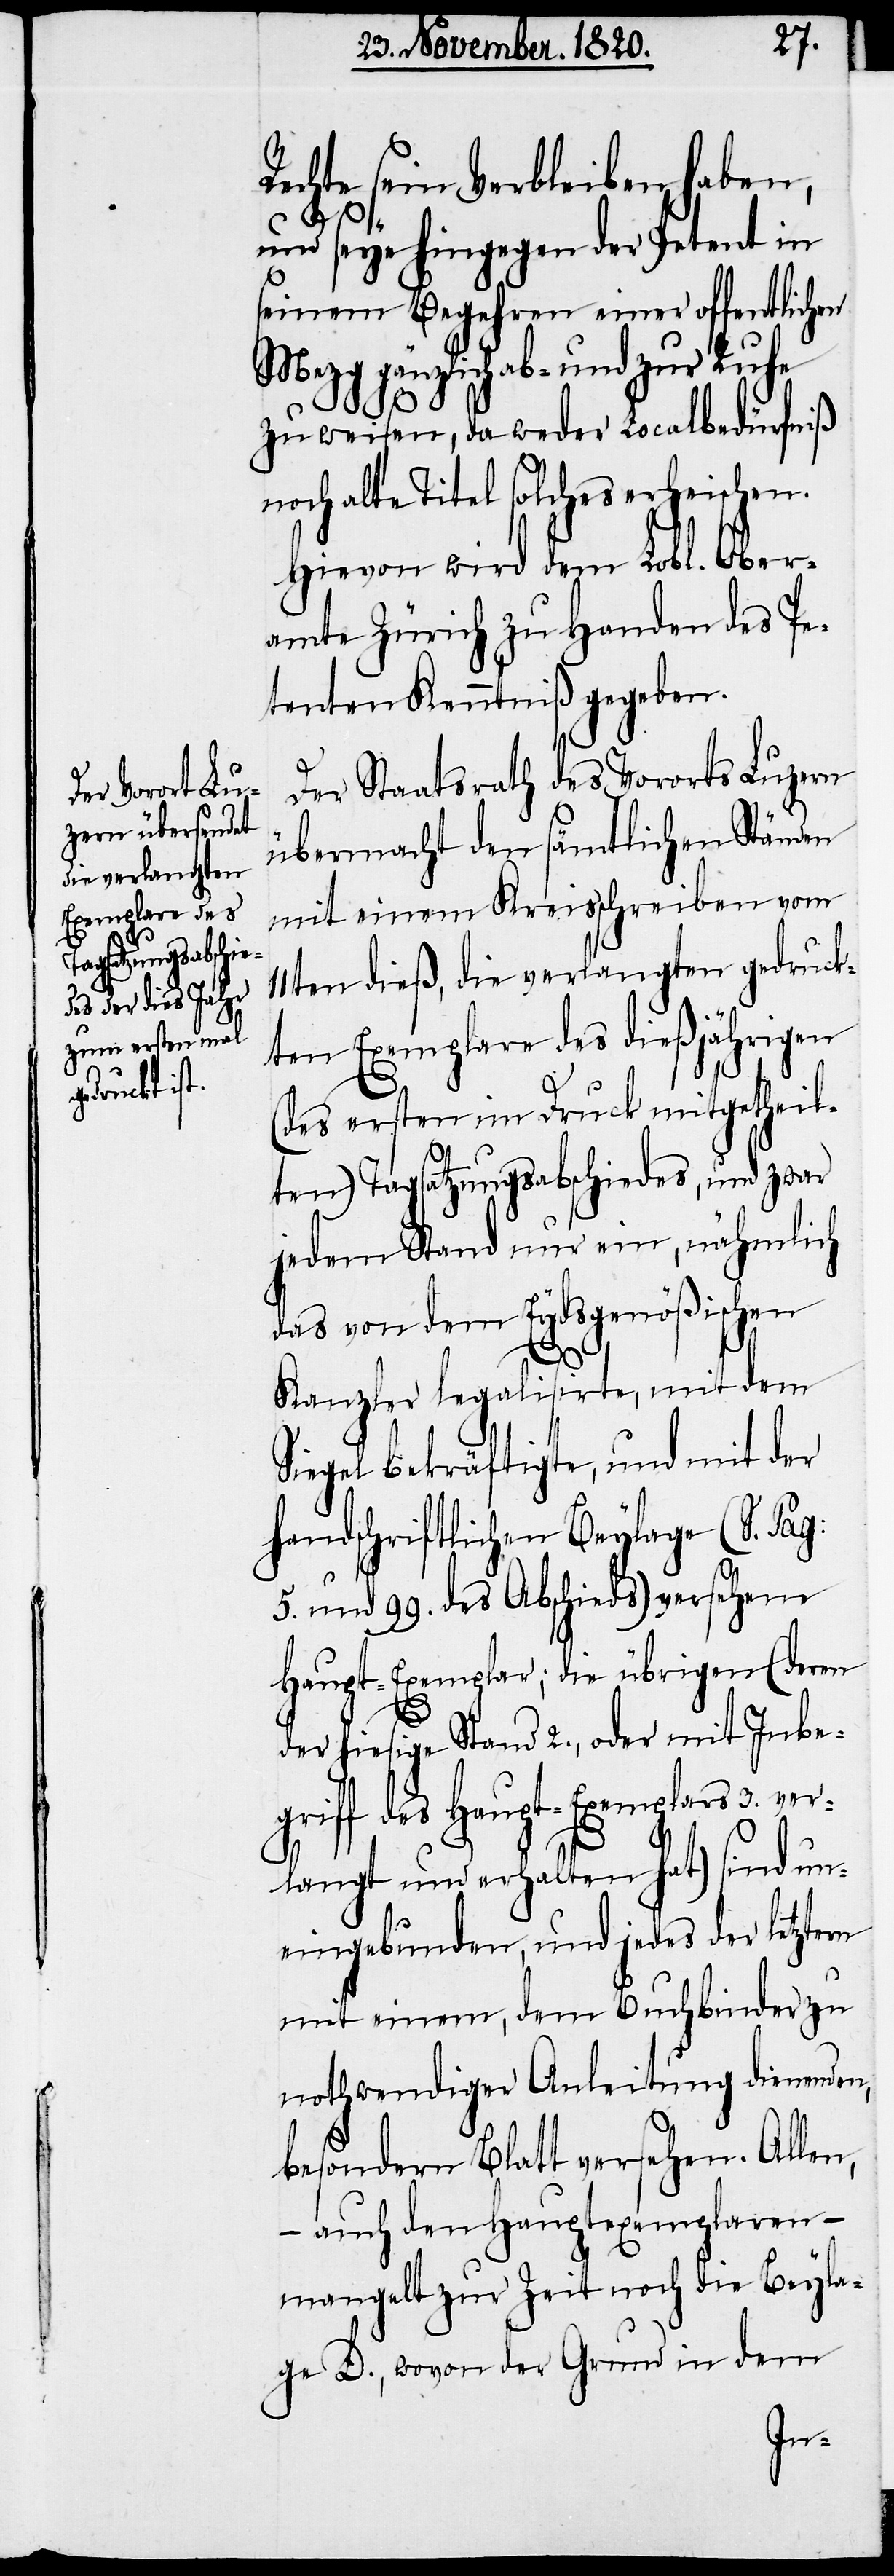
rn

Rechte sein Verbleiben haben,
und seye hingegen der Petent in
seinem Begehren einer offentlichen
Mezg gänzlich ab- und zur Ruhe
zu weisen, da weder Localbedürfniß
noch alte Titel solches erheischen.
Hievon wird dem Lobl. Ober¬
amte Zürich zu Handen des Pe¬
tenten Kenntniß gegeben.
Der Staatsrath des Vororts Luzern
übermacht den sämtlichen Ständen
mit einem Kreisschreiben vom
11ten dieß, die verlangten gedruck¬
ten Exemplare des dießjährigen
(des ersten im Druck mitgetheil¬
ten) Tagsatzungsabschiedes, und zwar
jedem Stand nur ein, nähmlich
das von dem Eydsgenößischen
Kanzler legalisirte, mit dem
Siegel bekräftigte, und mit der
handschriftlichen Beylage (S. Pag:
5. und 99. des Abschieds) versehene
Haupt-Exemplar; die übrigen (deren
der hiesige Stand 2., oder mit Inbe¬
griff des Haupt-Exemplars 3. ve¬
rlangt und erhalten hat) sind un¬
eingebunden, und jedes der letzte¬
mit einem, dem Buchbinder zu
nothwendiger Anleitung dienenden,
besondern Blatt versehen. Allen,
– auch den Hauptexemplaren –
mangelt zur Zeit noch die Beyla¬
ge D., wovon der Grund in dem